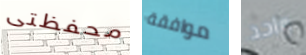
محفظتى موافقة واحد